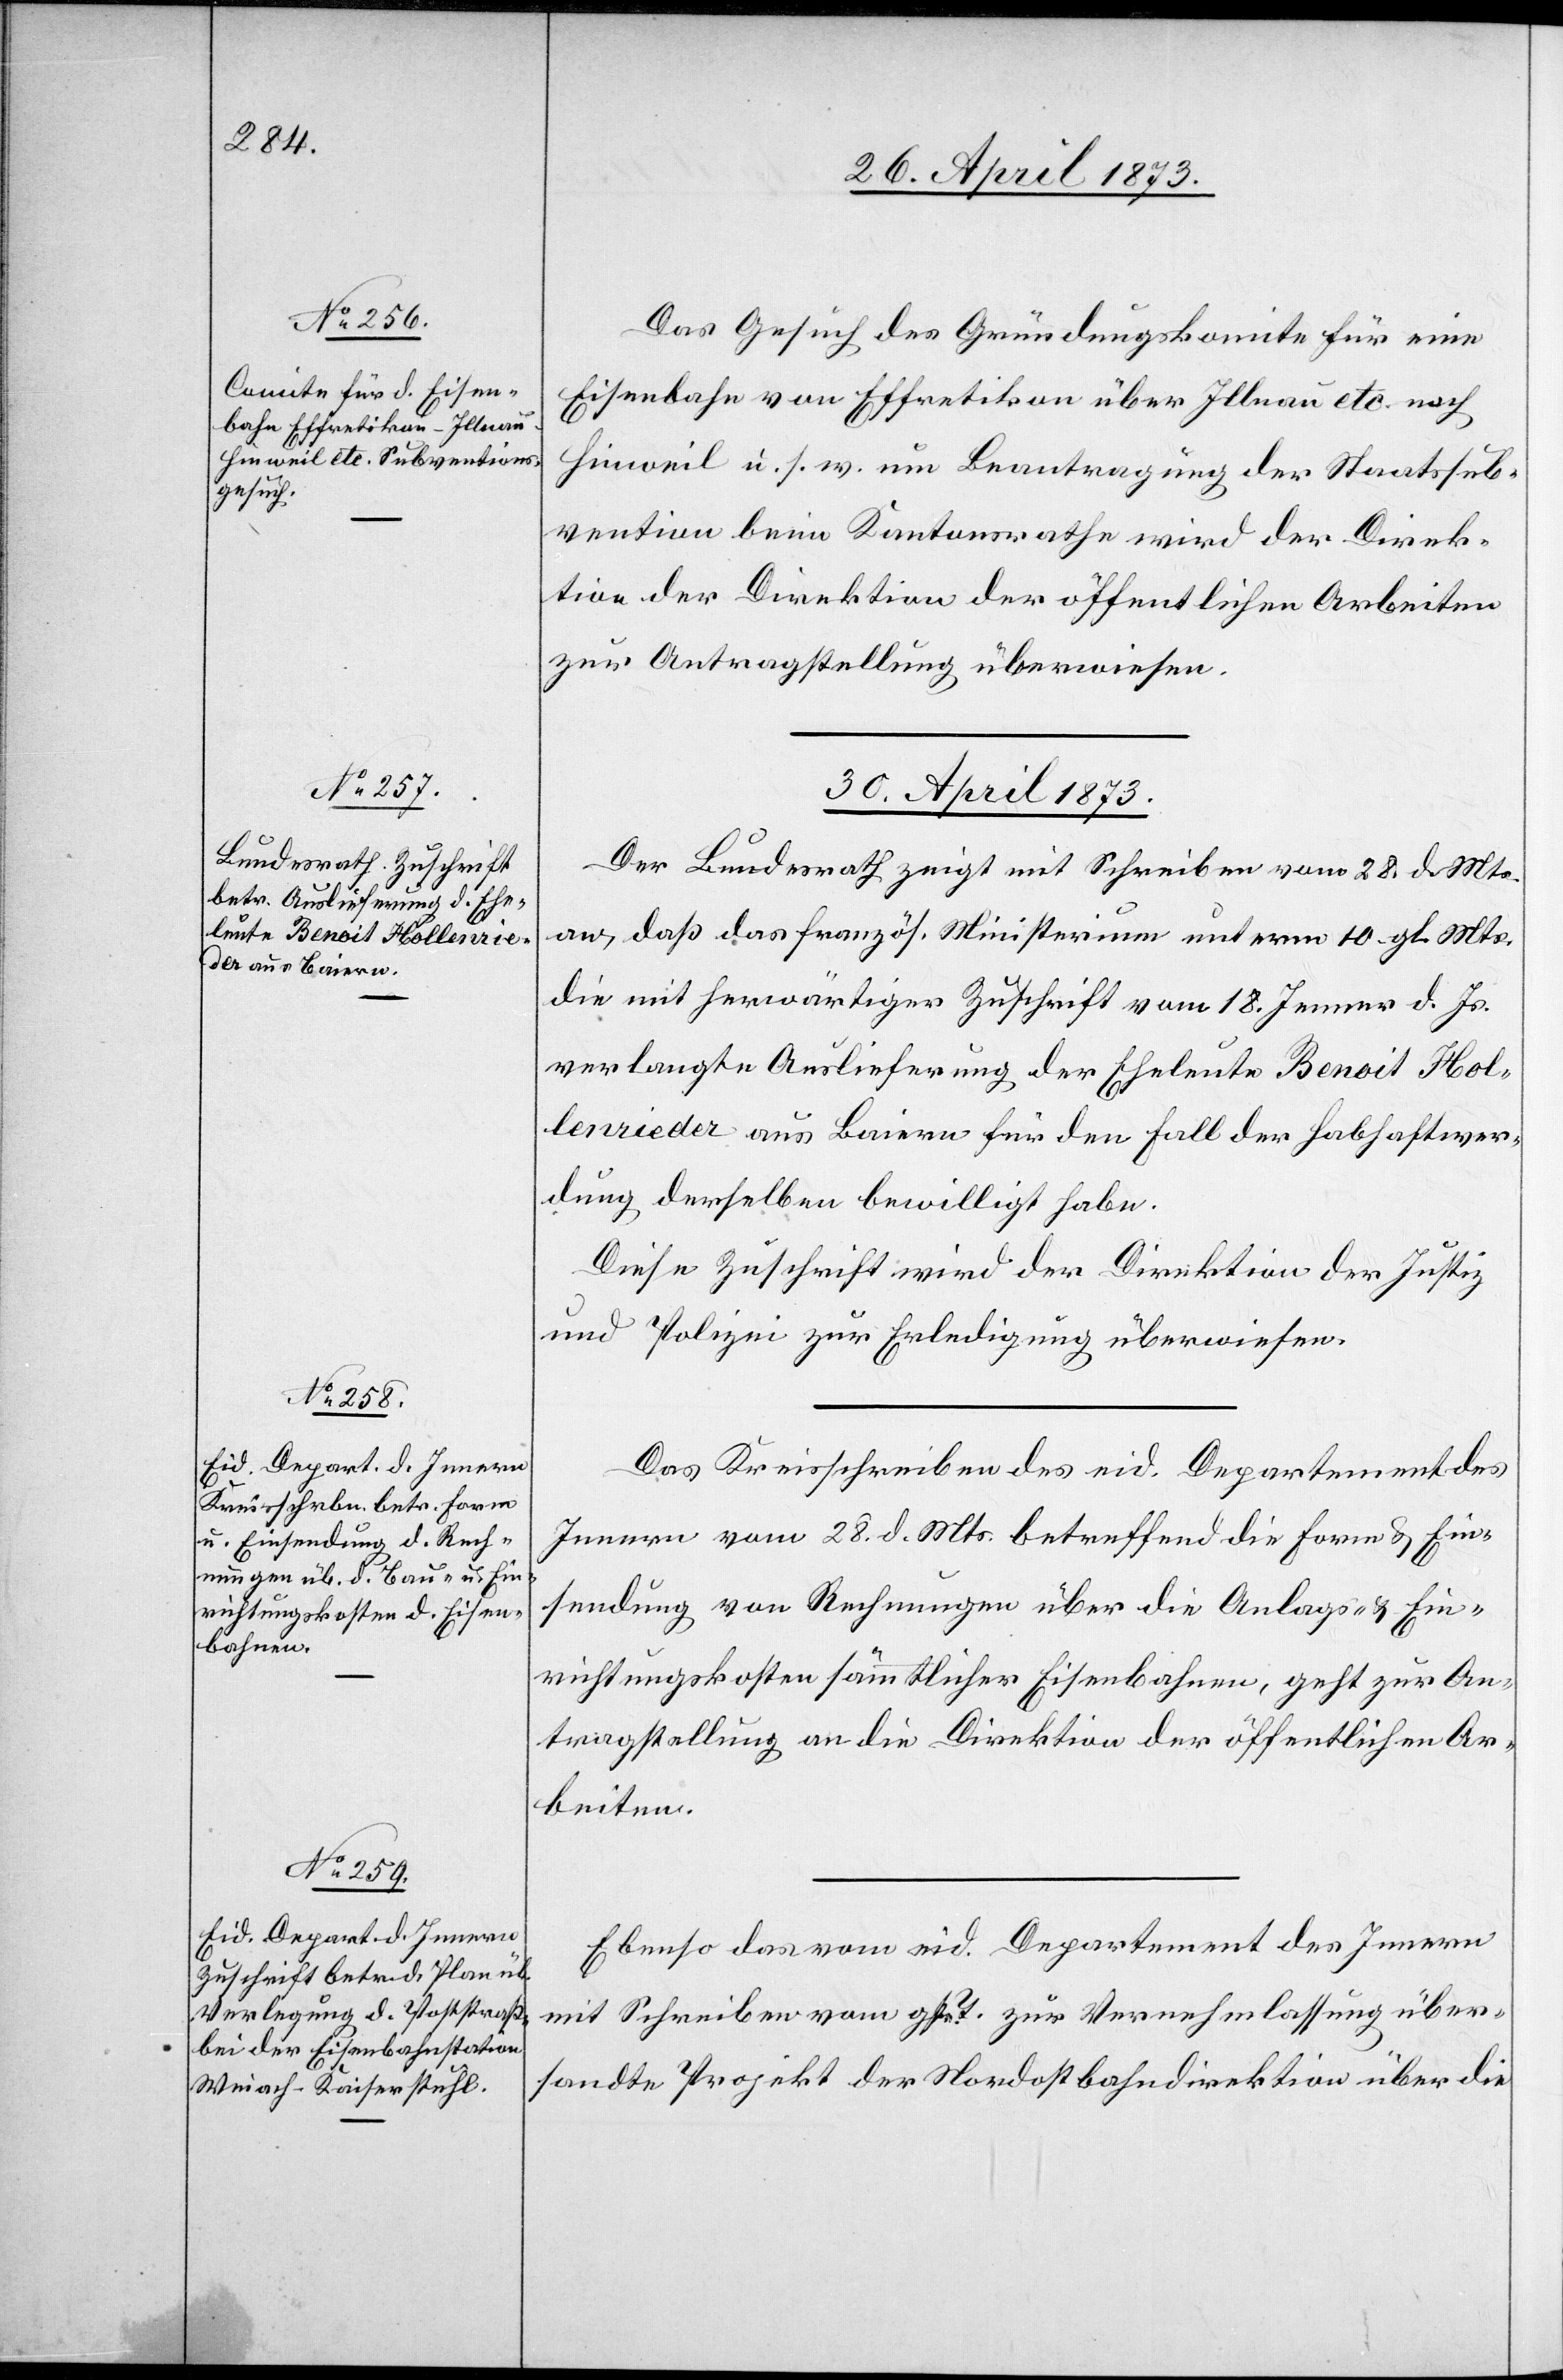
Das Gesuch des Gründungskomite für eine
Eisenbahn von Effretikon über Illnau etc. nach
Hinweil u. s. w. um Beantragung der Staatssub¬
vention beim Kantonsrathe wird der Direk¬
tion der Direktion [sic!] der öffentlichen Arbeiten
zur Antragstellung überwiesen.
30. April 1873]
Der Bundesrath zeigt mit Schreiben vom 28. d. Mts.
an, daß das französ. Ministerium unterm 10. gl. Mts.
die mit herwärtiger Zuschrift vom 18. Jenner d. Js.
verlangte Auslieferung der Eheleute Benoit Hol¬
lenrieder aus Baiern für den Fall der Habhaftwer¬
dung derselben bewilligt habe.
Diese Zuschrift wird der Direktion der Justiz
und Polizei zur Erledigung überwiesen.
Das Kreisschreiben des eid. Departement des
Innern vom 28. d. Mts. betreffend die Form & Ein¬
sendung von Rechnungen über die Anlags- & Ein¬
richtungskosten sämmtlicher Eisenbahnen, geht zur An¬
tragstellung an die Direktion der öffentlichen Ar¬
beiten.
Ebenso das vom eid. Departement des Innern
mit Schreiben vom gstr. T. zur Vernehmlassung über¬
sandte Projekt der Nordostbahndirektion über die